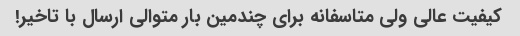
کیفیت عالی ولی متاسفانه برای چندمین بار متوالی ارسال با تاخیر!